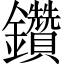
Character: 鑽